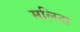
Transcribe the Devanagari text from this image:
मलिदा